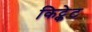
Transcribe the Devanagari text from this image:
किट्केट